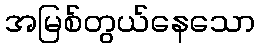
အမြစ်တွယ်နေသော